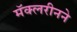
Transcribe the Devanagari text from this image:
मॅक्लरीनने